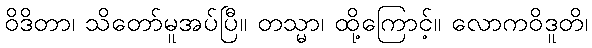
ဝိဒိတာ၊ သိတော်မူအပ်ပြီ။ တသ္မာ၊ ထို့ကြောင့်။ လောကဝိဒူတိ၊